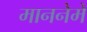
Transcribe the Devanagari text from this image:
माननेमे